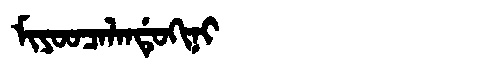
Manchu: ᠮᡳᠶᠣᠣᠴᠠᠯᠠᠨᡩᡠᡴᡳᠨᡳ
Romanization: MIYOOCALANDUKINI